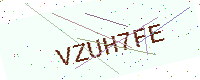
Text: VZUH7FE